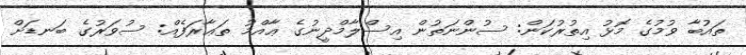
ތައުބާ ވުމުގެ މޮޅު އިތުރުކަން: ސުންނަތުން އިސްލާމްދީނުގެ ޢާއްމު ތަޢާރަފެއް: ސުވަރުގެ ބަނޑަށް